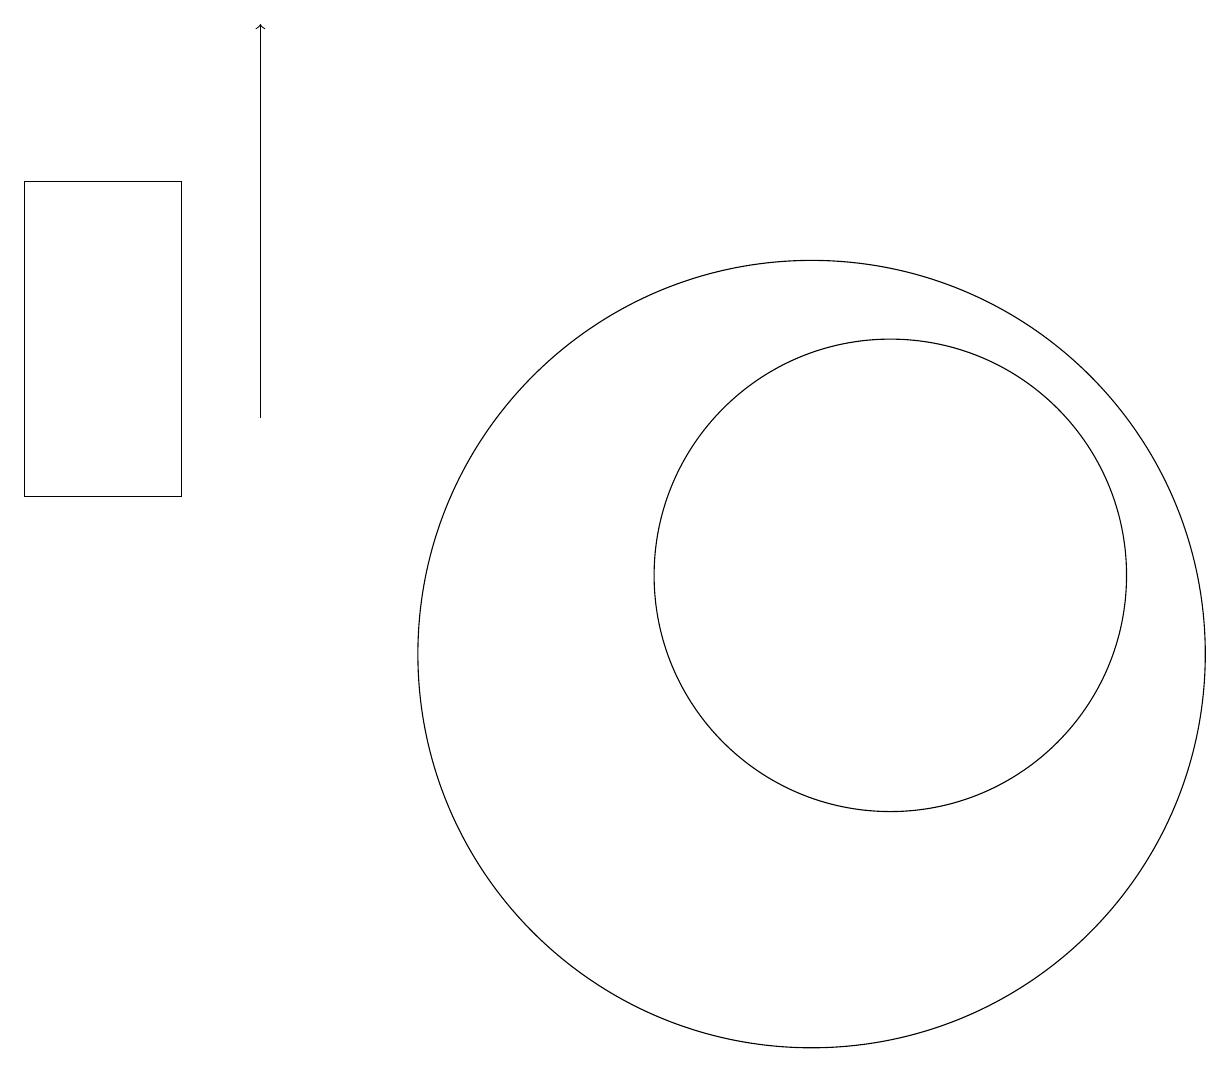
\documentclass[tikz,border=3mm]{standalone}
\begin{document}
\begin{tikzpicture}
\draw (10,10) circle (5);
\draw (11,11) circle (3);
\draw (0,16) rectangle (2,12);
\draw[->] (3,13) -- (3,18);
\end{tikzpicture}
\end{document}